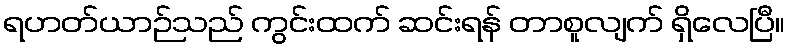
ရဟတ်ယာဉ်သည် ကွင်းထက် ဆင်းရန် တာစူလျက် ရှိလေပြီ။